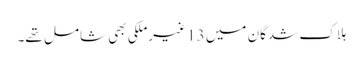
ہلاک شدگان میں 13 غیرملکی بھی شامل تھے۔